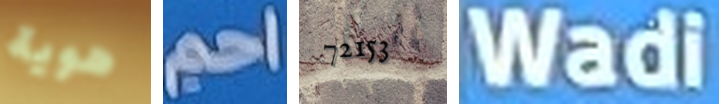
هوية احم 72153 Wadi